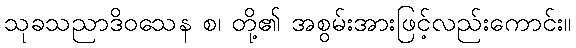
သုခသညာဒိဝသေန စ၊ တို့၏ အစွမ်းအားဖြင့်လည်းကောင်း။